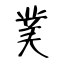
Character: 菐